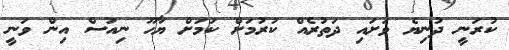
ކުރަނީ ދުނިޔެ ވަށައި ދަތުރެއް ކުރުމަށް ކަމަށް ޔާހޫ ނިއުސް އިން ވަނީ